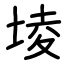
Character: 堎